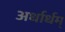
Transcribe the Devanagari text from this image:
अर्धार्धम्